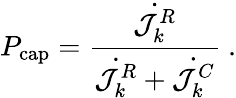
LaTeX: P_{\mathrm{cap}}=\frac{\dot{\mathcal{J}_{k}^{R}}}{\dot{\mathcal{J}_{k}^{R}}+\dot{\mathcal{J}_{k}^{C}}}\ .